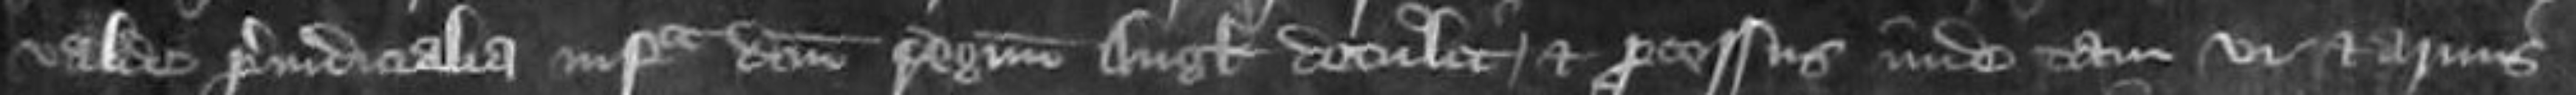
valde preiudicialia infra domini regnum Anglie detulit et processus inde tam vi et armis